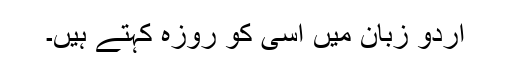
اردو زبان میں اِسی کو روزہ کہتے ہیں۔